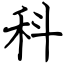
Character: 科